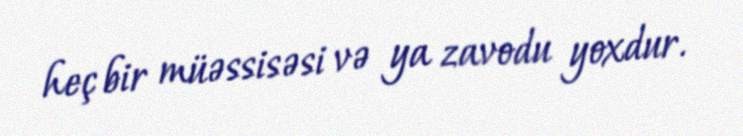
heç bir müəssisəsi və ya zavodu yoxdur.